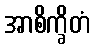
အာစိက္ခိတံ